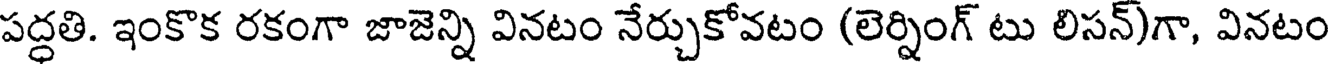
పద్ధతి. ఇంకొక రకంగా జాజెన్ని వినటం నేర్చుకోవటం (లెర్నింగ్ టు లిసన్)గా, వినటం